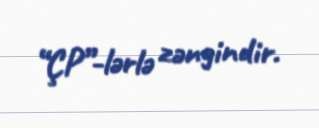
“ÇP”-lərlə zəngindir.